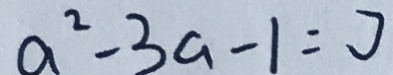
a ^ { 2 } - 3 a - 1 = 0